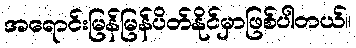
အရောင်းမြန်မြန်ပိတ်နိုင်မှာဖြစ်ပါတယ်။